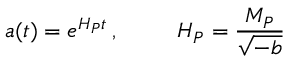
a ( t ) = e ^ { H _ { P } t } \, , \, \, \, \, \, \, \, \, \, \, \, \, \, \, \, H _ { P } = \frac { M _ { P } } { \sqrt { - b } }